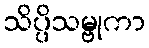
သိပ္ပိသမ္ဗုကာ